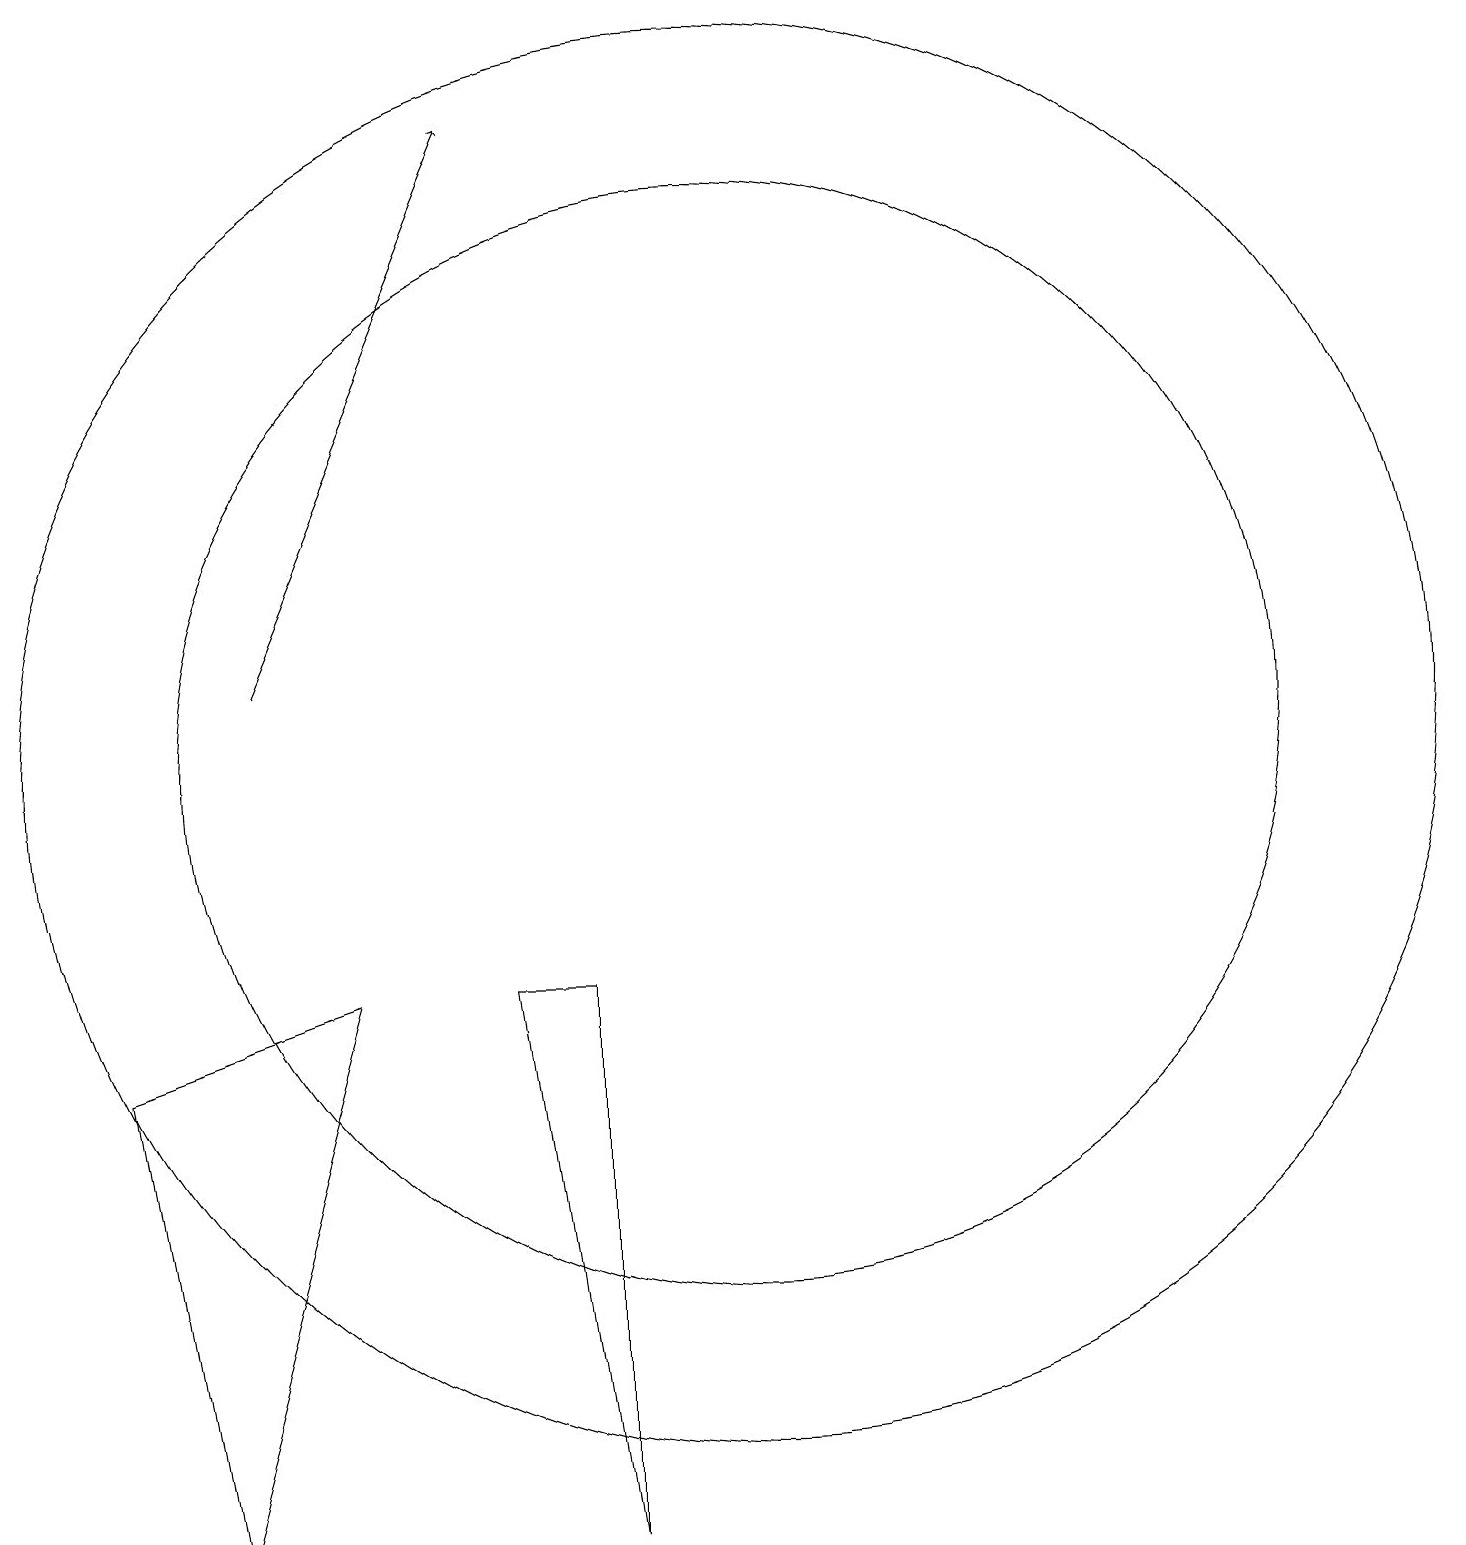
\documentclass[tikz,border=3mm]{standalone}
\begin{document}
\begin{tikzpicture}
\draw (11,11) circle (9);
\draw (11,11) circle (7);
\draw[->] (5,12) -- (8,19);
\draw (4,1) -- (3,7) -- (6,8) -- cycle;
\draw (9,8) -- (8,8) -- (9,1) -- cycle;
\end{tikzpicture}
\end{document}